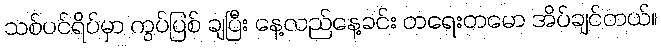
သစ်ပင်ရိပ်မှာ ကွပ်ပြစ် ချပြီး နေ့လည်နေ့ခင်း တရေးတမော အိပ်ချင်တယ်။